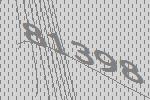
81398